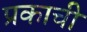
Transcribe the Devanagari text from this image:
प्रकाची